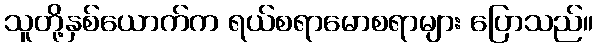
သူတို့နှစ်ယောက်က ရယ်စရာမောစရာများ ပြောသည်။